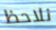
نلاحظ